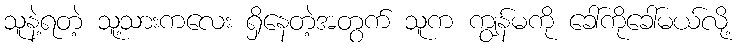
သူနဲ့ရတဲ့ သူ့သားကလေး ရှိနေတဲ့အတွက် သူက ကျွန်မကို ခေါ်ကိုခေါ်မယ်လို့